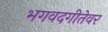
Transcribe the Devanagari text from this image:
भगवदगीतेवर